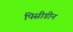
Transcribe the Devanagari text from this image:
पिसीडीन